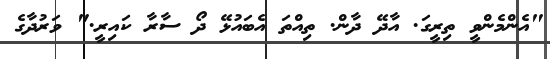
"އެންމެންވީ ތިރީގަ. އާދޭ ދާން. ތިއްތަ އެބައުޅޭ ދޯ ސާރާ ކައިރީ." ވަރުދާގެ